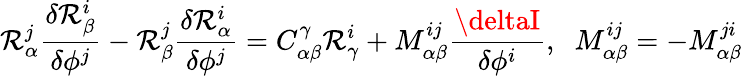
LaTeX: \mathcal{R}_{\alpha}^{j}\frac{{\delta\mathcal{R}_{\beta}^{i}}}{{\delta\phi^{j}}}-\mathcal{R}_{\beta}^{j}\frac{{\delta\mathcal{R}_{\alpha}^{i}}}{{\delta\phi^{j}}}=C_{\alpha\beta}^{\gamma}\mathcal{R}_{\gamma}^{i}+M_{\alpha\beta}^{ij}\frac{{\deltaI}}{{\delta\phi^{i}}},\; \; M_{\alpha\beta}^{ij}=-M_{\alpha\beta}^{ji}